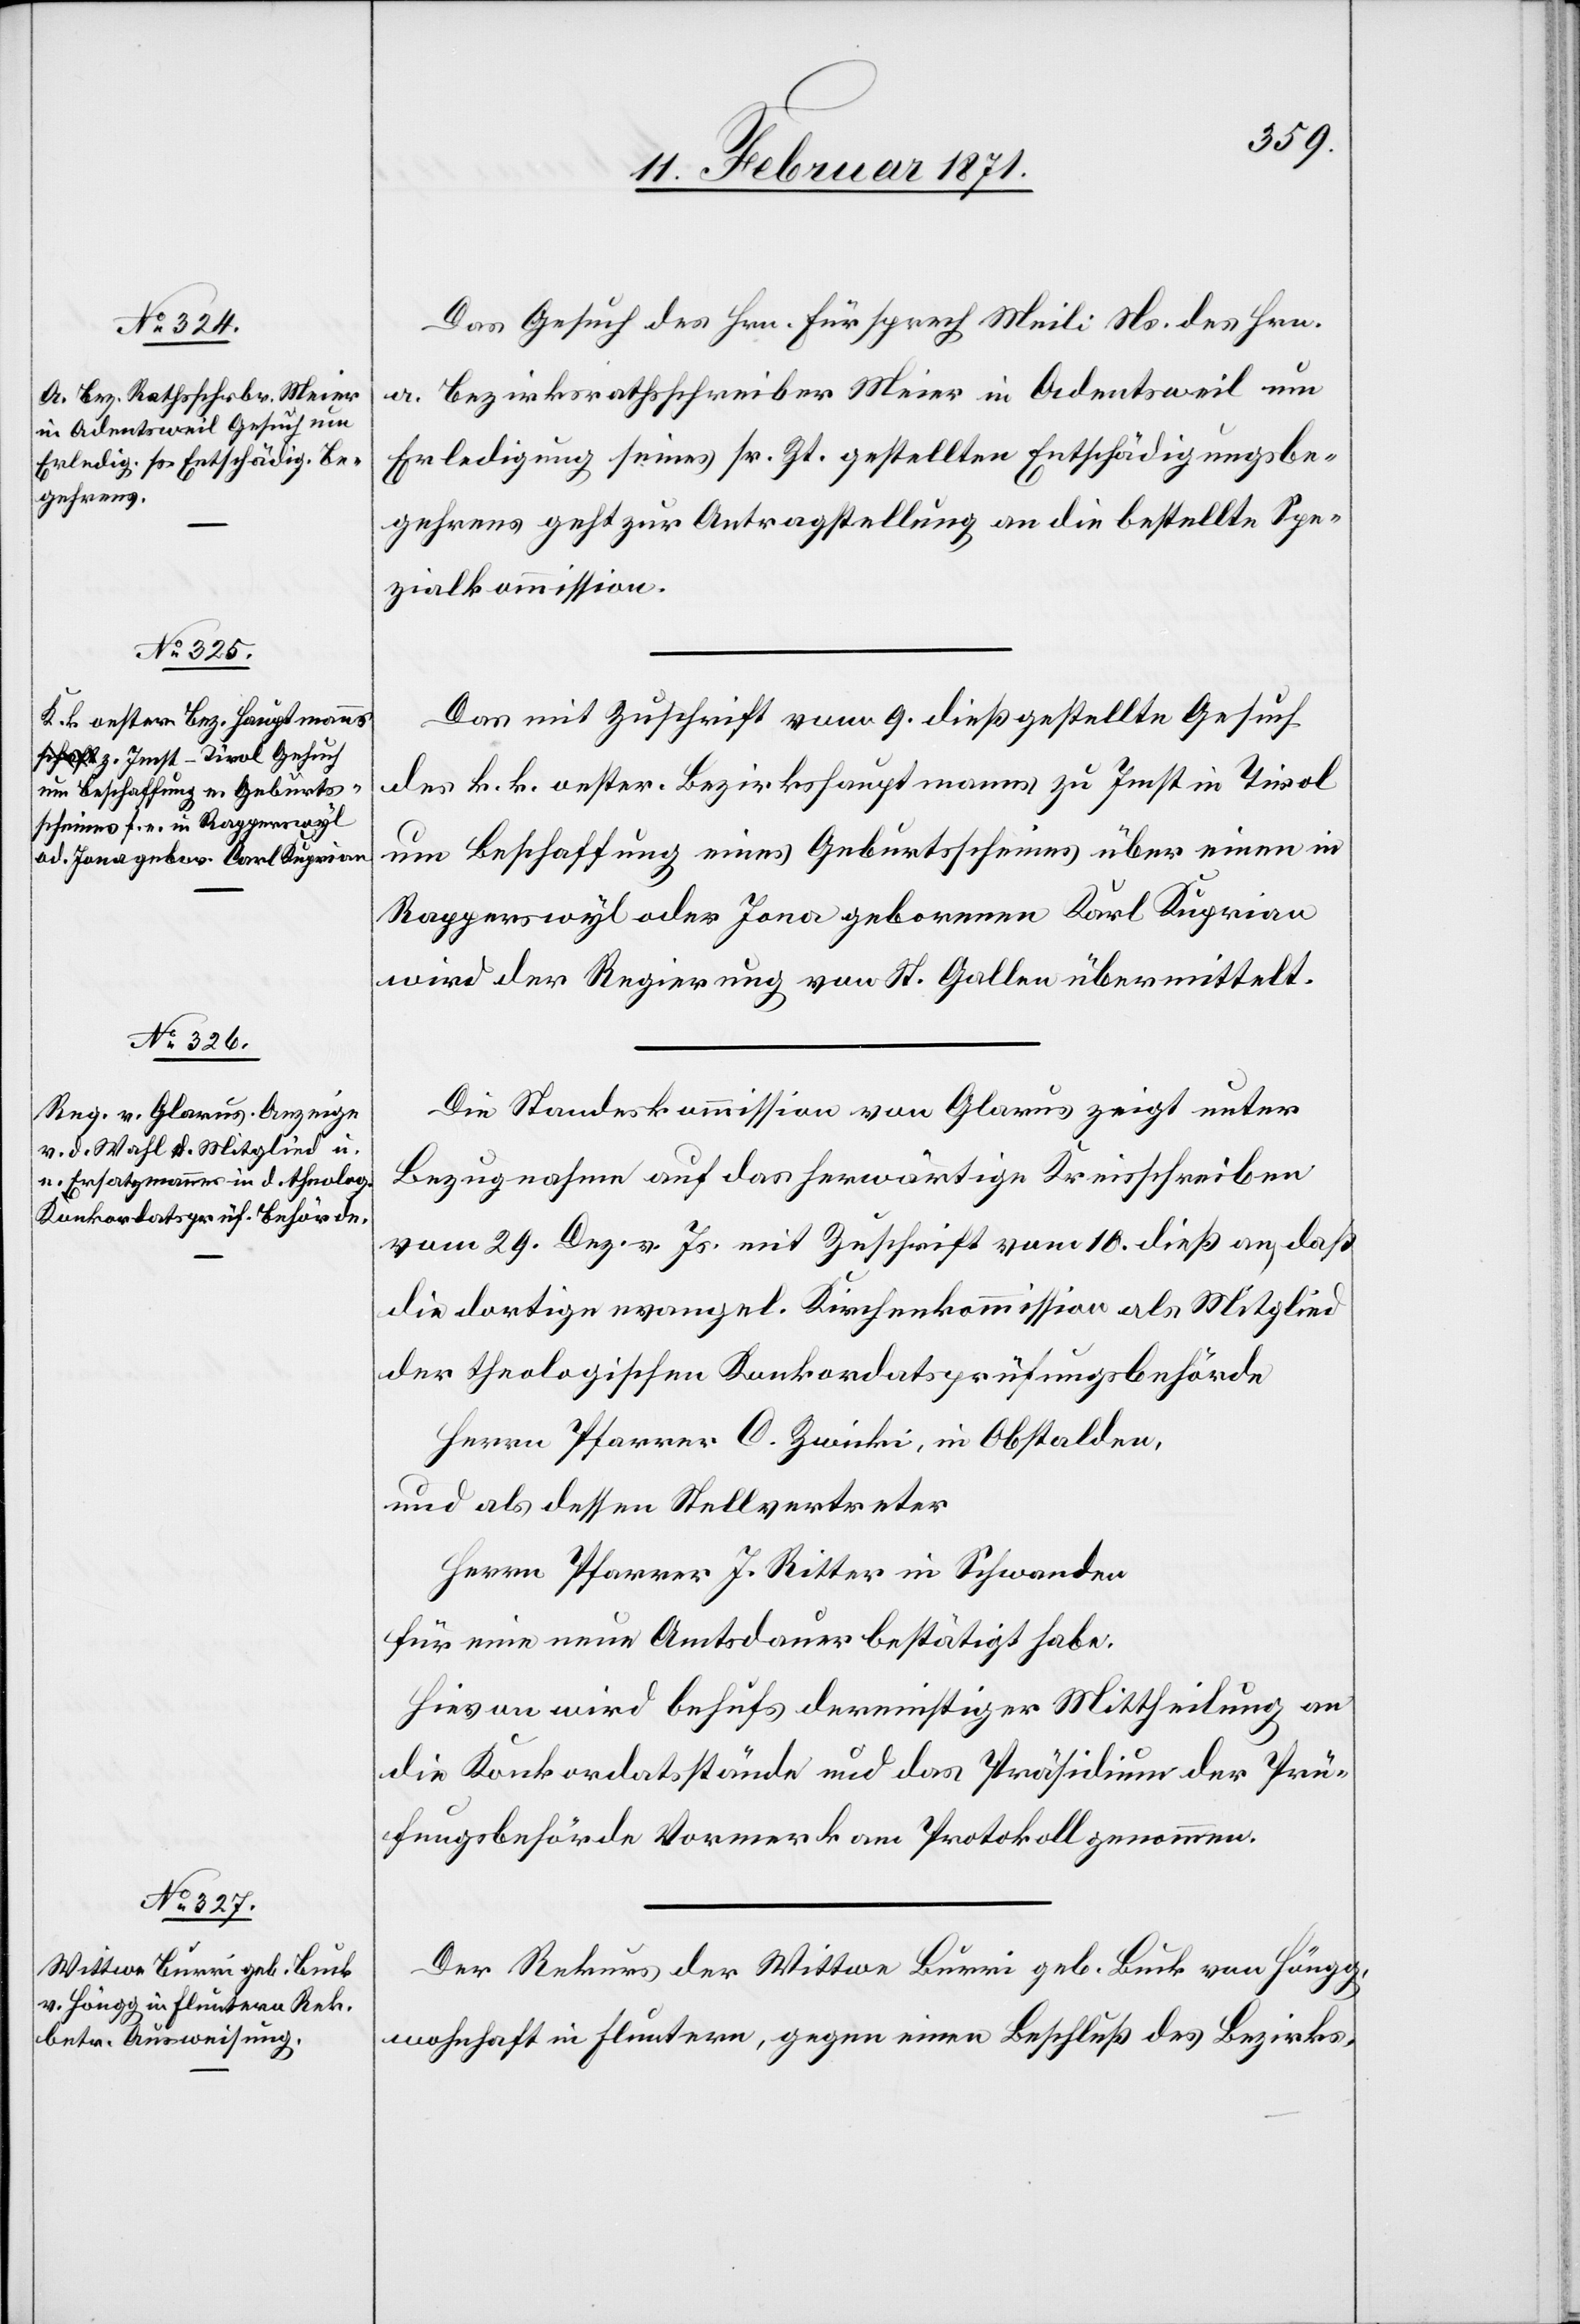
13. Februar 1871.]
Das Gesuch des Hrn. Fürsprech Meili Ns. des Hrn.
a. Bezirksrathsschreiber Meier in Adentsweil um
Erledigung seines sr. Zt. gestellten Entschädigungsbe¬
gehrens geht zur Antragstellung an die bestellte Spe¬
zialkommission.
Das mit Zuschrift vom 9. dieß gestellte Gesuch
des k. k. oester. Bezirkshauptmanns zu Imst in Tirol
um Beschaffung eines Geburtsscheines über einen in
Rapperswyl oder Jona geborenen Karl Kuprian
wir der Regierung von St. Gallen übermittelt.
Die Standeskommission von Glarus zeigt unter
Bezugnahme auf das herwärtige Kreisschreiben
vom 29. Dez. v. Js. mit Zuschrift vom 10. dieß an, daß
die dortige evangel. Kirchenkommission als Mitglied
der theologischen Konkordatsprüfungsbehörde
Herrn Pfarrer C. Zwicki, In Obstalden,
und als dessen Stellvertreter
Herrn Pfarrer J. Ritter in Schwanden
für eine neue Amtsdauer bestätigt habe:
Hievon wird behufs dereinstiger Mittheilung an
die Konkordatsstände und das Präsidium der Prü¬
fungsbehörde Vormerk am Protokoll genommen.
Der Rekurs der Wittwe Burri geb. Buck von Höngg,
wohnhaft in Fluntern, gegen einen Beschluß des Bezirks-